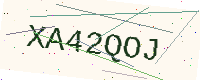
Text: XA42QOJ